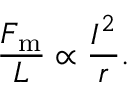
{ \frac { F _ { \mathrm { m } } } { L } } \propto { \frac { I ^ { 2 } } { r } } .